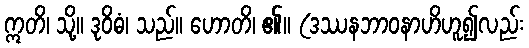
ဣတိ၊ သို့။ ဒုဝိဓံ၊ သည်။ ဟောတိ၊ ၏။ (ဒဿနဘာဝနာဟိဟူ၍လည်း